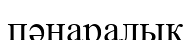
пәнаралық